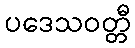
ပဒေသဝတ္တီ